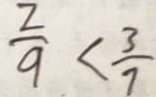
\frac { 2 } { 9 } < \frac { 3 } { 7 }